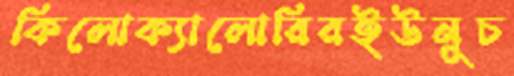
কিলোক্যালোরিরইউনুচ